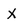
Character: X